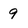
Character: 9